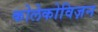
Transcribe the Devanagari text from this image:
कोलेकोविज़न